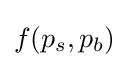
f(p_{s},p_{b})